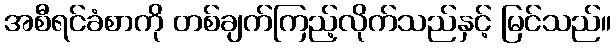
အစီရင်ခံစာကို တစ်ချက်ကြည့်လိုက်သည်နှင့် မြင်သည်။